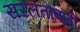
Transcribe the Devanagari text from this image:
सरलतावादी